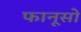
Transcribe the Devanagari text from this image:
फानूसो